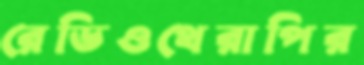
রেডিওথেরাপির